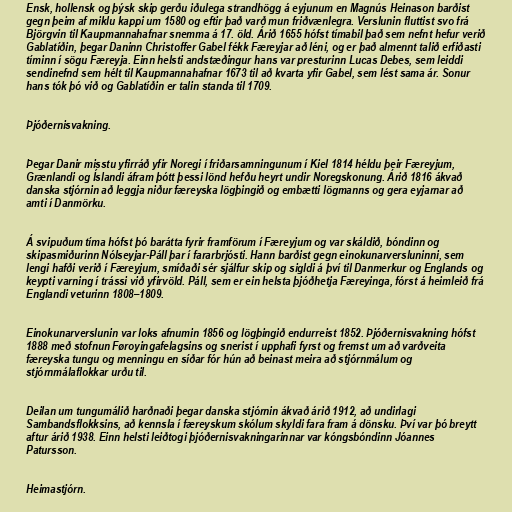
Ensk, hollensk og þýsk skip gerðu iðulega strandhögg á eyjunum en Magnús Heinason barðist
gegn þeim af miklu kappi um 1580 og eftir það varð mun friðvænlegra. Verslunin fluttist svo frá
Björgvin til Kaupmannahafnar snemma á 17. öld. Árið 1655 hófst tímabil það sem nefnt hefur verið
Gablatíðin, þegar Daninn Christoffer Gabel fékk Færeyjar að léni, og er það almennt talið erfiðasti
tíminn í sögu Færeyja. Einn helsti andstæðingur hans var presturinn Lucas Debes, sem leiddi
sendinefnd sem hélt til Kaupmannahafnar 1673 til að kvarta yfir Gabel, sem lést sama ár. Sonur
hans tók þó við og Gablatíðin er talin standa til 1709.

Þjóðernisvakning.

Þegar Danir misstu yfirráð yfir Noregi í friðarsamningunum í Kiel 1814 héldu þeir Færeyjum,
Grænlandi og Íslandi áfram þótt þessi lönd hefðu heyrt undir Noregskonung. Árið 1816 ákvað
danska stjórnin að leggja niður færeyska lögþingið og embætti lögmanns og gera eyjarnar að
amti í Danmörku.

Á svipuðum tíma hófst þó barátta fyrir framförum í Færeyjum og var skáldið, bóndinn og
skipasmiðurinn Nólseyjar-Páll þar í fararbrjósti. Hann barðist gegn einokunarversluninni, sem
lengi hafði verið í Færeyjum, smíðaði sér sjálfur skip og sigldi á því til Danmerkur og Englands og
keypti varning í trássi við yfirvöld. Páll, sem er ein helsta þjóðhetja Færeyinga, fórst á heimleið frá
Englandi veturinn 1808–1809.

Einokunarverslunin var loks afnumin 1856 og lögþingið endurreist 1852. Þjóðernisvakning hófst
1888 með stofnun Føroyingafelagsins og snerist í upphafi fyrst og fremst um að varðveita
færeyska tungu og menningu en síðar fór hún að beinast meira að stjórnmálum og
stjórnmálaflokkar urðu til.

Deilan um tungumálið harðnaði þegar danska stjórnin ákvað árið 1912, að undirlagi
Sambandsflokksins, að kennsla í færeyskum skólum skyldi fara fram á dönsku. Því var þó breytt
aftur árið 1938. Einn helsti leiðtogi þjóðernisvakningarinnar var kóngsbóndinn Jóannes
Patursson.

Heimastjórn.